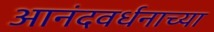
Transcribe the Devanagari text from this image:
आनंदवर्धनाच्या